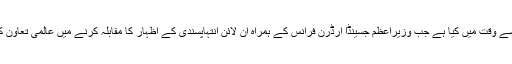
اقوام متحدہ کے سیکریٹری جنرل نیوزی لینڈ کا دورہ ایک ایسے وقت میں کیا ہے جب وزیراعظم جسینڈا آرڈرن فرانس کے ہمراہ آن لائن انتہاپسندی کے اظہار کا مقابلہ کرنے میں عالمی تعاون کے لیے فرانس کے ہمراہ ایک اجلاس کی میزبانی کریں گی۔